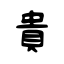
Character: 貴